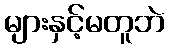
များနှင့်မတူဘဲ